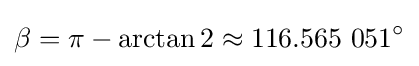
\beta =\pi -\arctan 2\approx 116.565~051^{\circ }